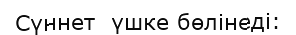
Сүннет  үшке бөлінеді: